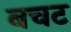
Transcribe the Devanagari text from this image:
बचट